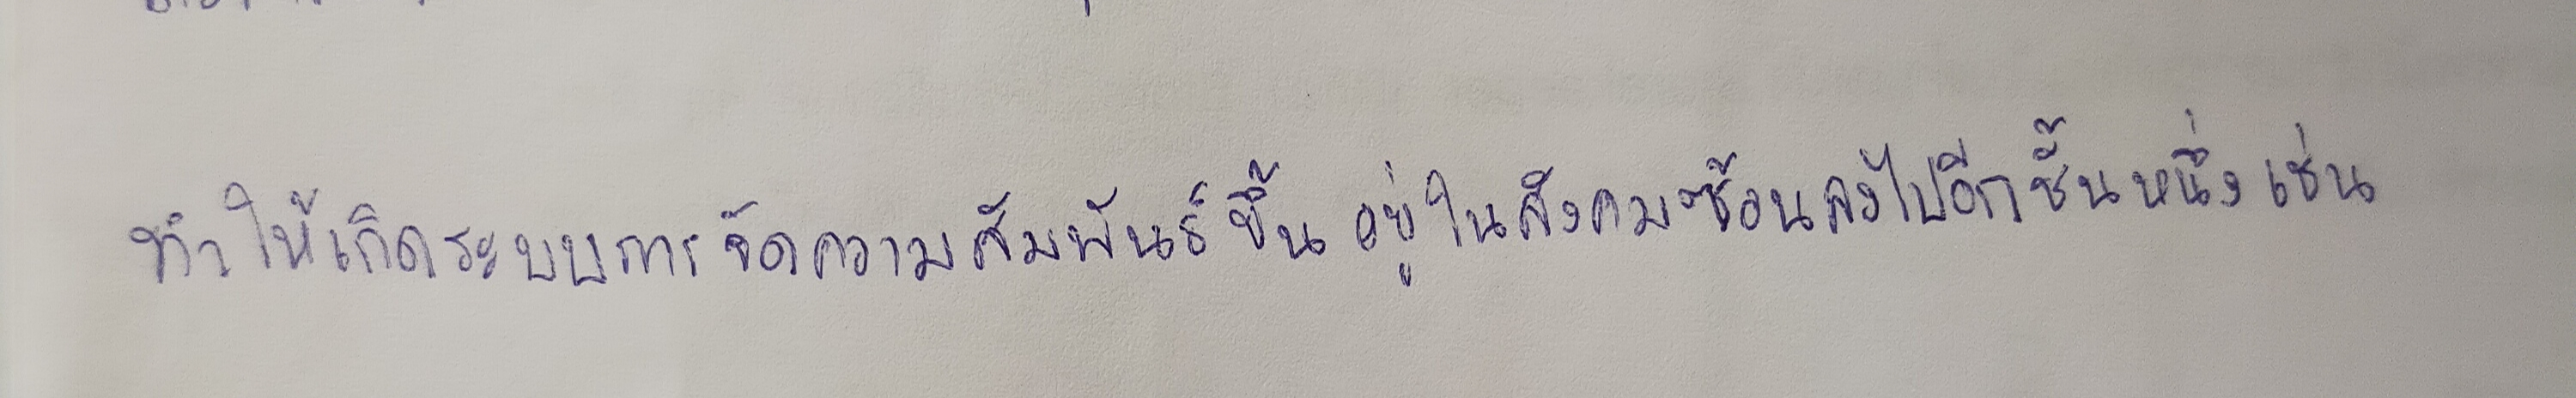
ทำให้เกิดระบบการจัดความสัมพันธ์ขึ้นอยู่ในสังคมซ้อนลงไปอีกชั้นหนึ่งเช่น